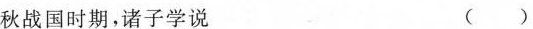
秋战国时期，诸子学说 ()